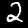
Digit: 2